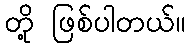
တို့ ဖြစ်ပါတယ်။